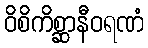
ဝိစိကိစ္ဆာနီဝရဏံ